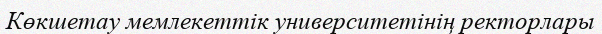
Көкшетау мемлекеттік университетінің ректорлары